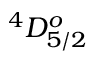
^ 4 D _ { 5 / 2 } ^ { o }